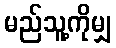
မည်သူ့ကိုမျှ